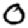
Digit: 0